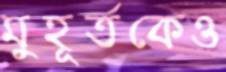
মুহূর্তকেও